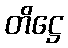
တိဋ္ဌေ